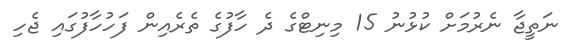
ނަތީޖާ ނެރުމަށް ކުޅުނު 15 މިނިޓްގެ ދެ ހާފުގެ ތެރެއިން ފަހުހާފުގައި ޖެހި